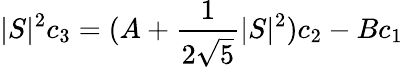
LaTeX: |S|^{2}c_{3}=(A+{\frac{1}{2\sqrt 5}}|S|^{2})c_{2}-Bc_{1}